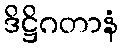
ဒိဋ္ဌိဂတာနံ